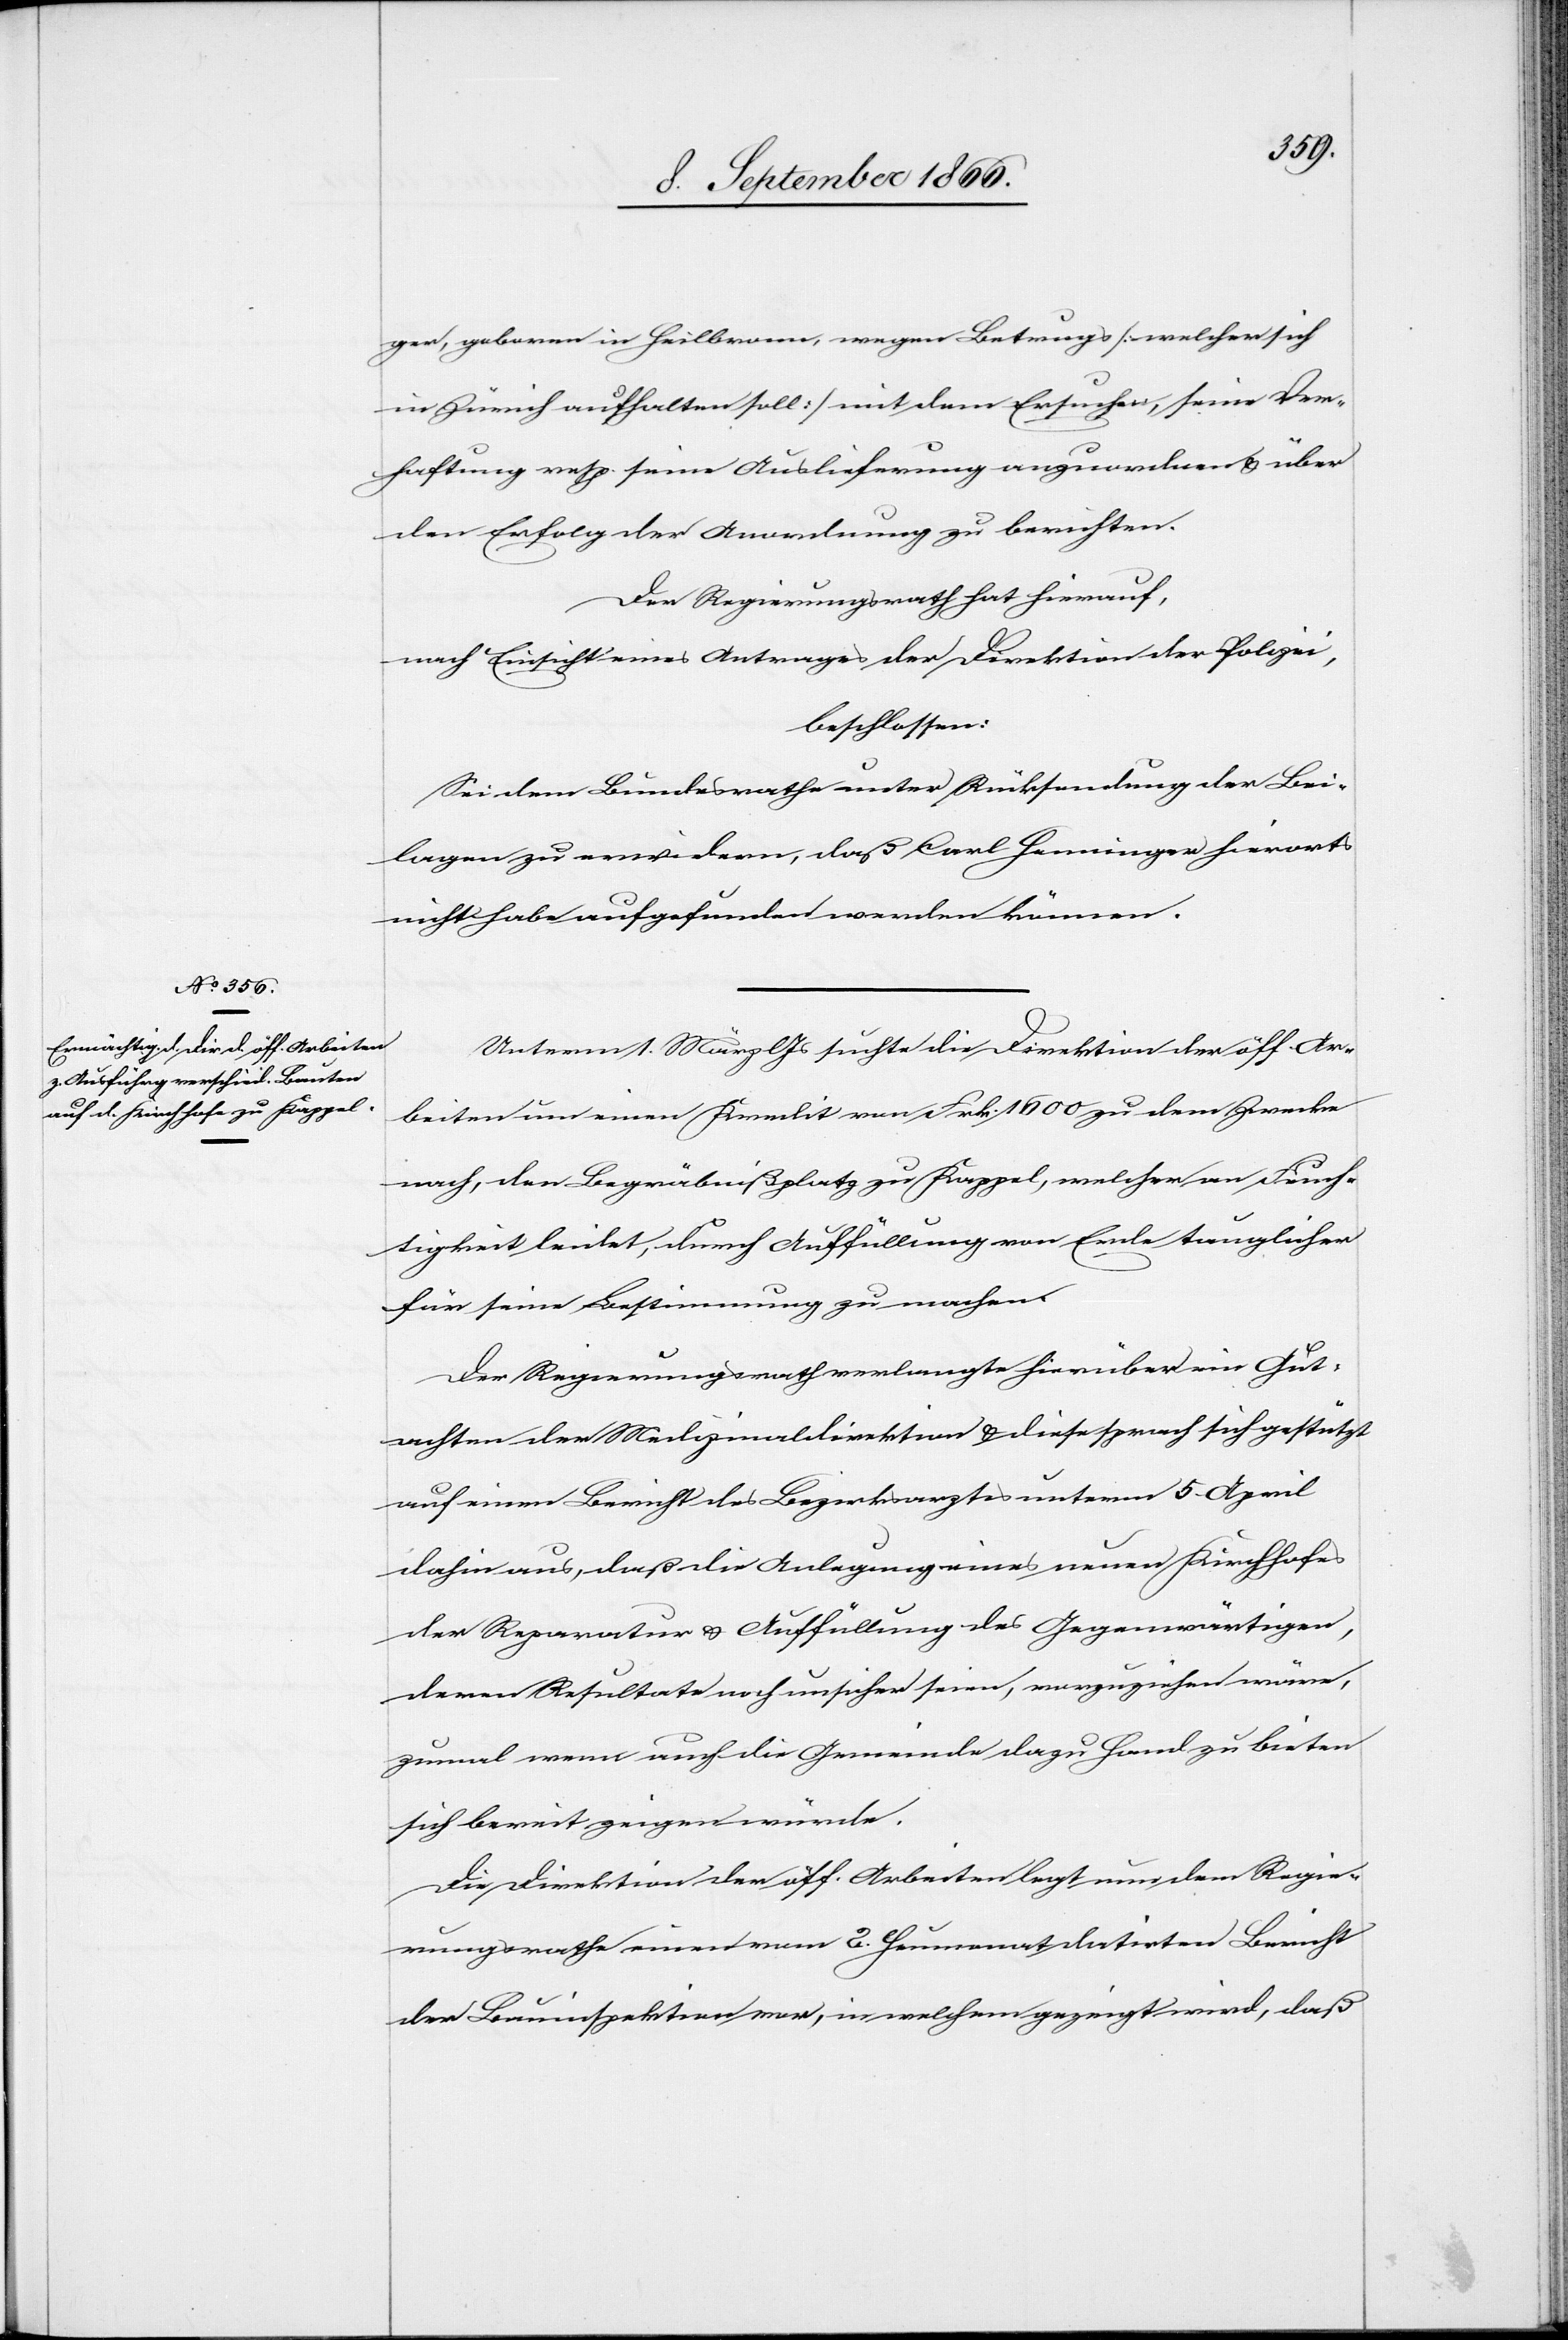
ger, geboren in Heilbronn, wegen Betruges [welcher sich
in Zürich aufhalten soll] mit dem Ersuchen, seine Ver¬
haftung resp. seine Auslieferung anzuordnen u. über
den Erfolg der Anordnung zu berichten.
Der Regierungsrath hat hierauf,
nach Einsicht eines Antrages der Direktion der Polizei,
beschlossen:
Sei dem Bundesrathe unter Rücksendung der Bei¬
lagen zu erwiedern, daß Carl Henninger hierorts
nicht habe aufgefunden werden können.
Unterm 1. März lJs. suchte die Direktion der öff. Ar¬
beiten um einen Kredit von Frk. 1600 zu dem Zwecke
nach, den Begräbnißplatz zu Kappel, welcher an Feuch¬
tigkeit leidet, durch Auffüllung von Erde tauglicher
für seine Bestimmung zu machen.
Der Regierungsrath verlangte hierüber ein Gut¬
achten der Medizinaldirektion u. diese sprach sich gestützt
auf einen Bericht des Bezirksarztes unterm 5. April
dahin aus, daß die Anlegung eines neuen Kirchhofes
der Reparatur u. Auffüllung des Gegenwärtigen,
deren Resultate noch unsicher seien, vorzuziehen wäre,
zumal wenn auch die Gemeinde dazu Hand zu bieten
sich bereit zeigen würde.
Die Direktion der öff. Arbeiten legt nun dem Regie¬
rungsrathe einen vom 2. Heumonat datirten Bericht
der Bauinspektion vor, in welchem gezeigt wird, daß